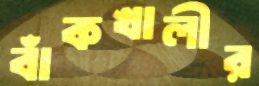
বাঁকখালীর